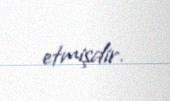
etmişdir.